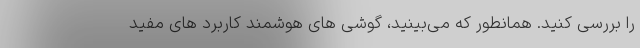
را بررسی کنید. همانطور که می‌بینید، گوشی های هوشمند کاربرد های مفید